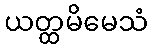
ယတ္ထမိမေသံ